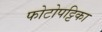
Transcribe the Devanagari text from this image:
फोटोपट्टिका